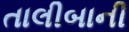
તાલીબાની